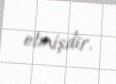
etmişdir.